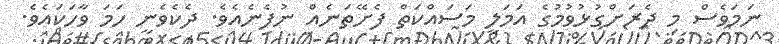
ނަމަވެސް މި ދެރަށްގުޅުވުމުގެ އަމަލީ މަސައްކަތް ފެށޭތަނެއް ނުފެނެއެވެ. ދެކެވެނީ ހަމަ ވާހަކައެވެ.